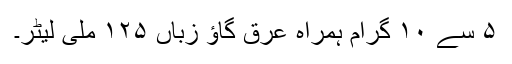
۵ سے ۱۰ گرام ہمراہ عرق گاؤ زباں ۱۲۵ ملی لیٹر۔